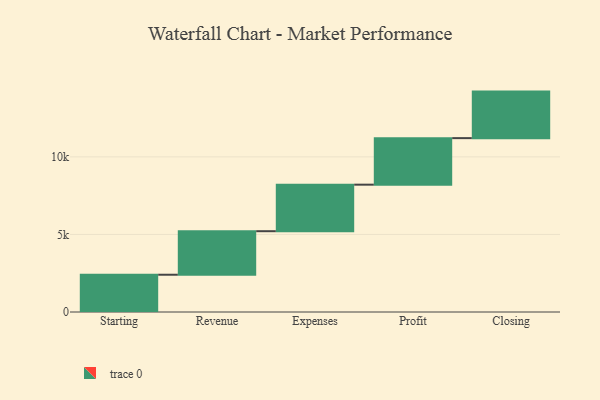
{"axis": {"x": "Step", "y": "Value"}, "legend": [""], "data": [{"x": "Starting", "y": 2403.0, "type": ""}, {"x": "Revenue", "y": 2806.0, "type": ""}, {"x": "Expenses", "y": 3000, "type": ""}, {"x": "Profit", "y": 3000, "type": ""}, {"x": "Closing", "y": 3000, "type": ""}]}